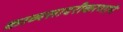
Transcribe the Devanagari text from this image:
काव्यसादरीकरणाने